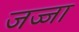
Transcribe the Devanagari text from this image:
जज्जा